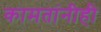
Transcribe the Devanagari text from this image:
कामतांनीही